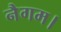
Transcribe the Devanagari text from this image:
नैगम।